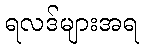
ရလဒ်များအရ